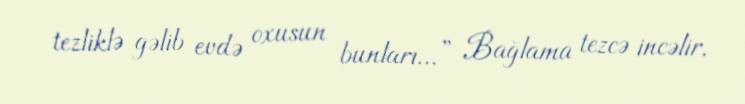
tezliklə gəlib evdə oxusun bunları...” Bağlama tezcə incəlir.